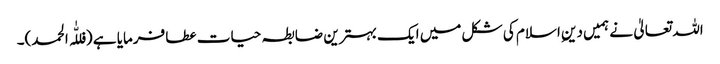
اللہ تعالیٰ نے ہمیں دینِ اسلام کی شکل میں ایک بہترین ضابطہ حیات عطا فرمایا ہے (فللّٰہ الحمد)۔